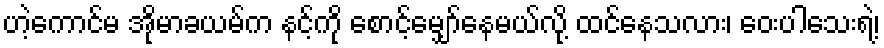
ဟဲ့ကောင်မ အိုမာခယမ်က နင့်ကို စောင့်မျှော်နေမယ်လို့ ထင်နေသလား၊ ဝေးပါသေးရဲ့၊